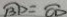
\widehat { B D } = \widehat { C D }